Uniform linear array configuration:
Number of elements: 4
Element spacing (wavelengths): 0.25
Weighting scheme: binomial
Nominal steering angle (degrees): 30
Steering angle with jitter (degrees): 28.611
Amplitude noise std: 0.05
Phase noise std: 0.05

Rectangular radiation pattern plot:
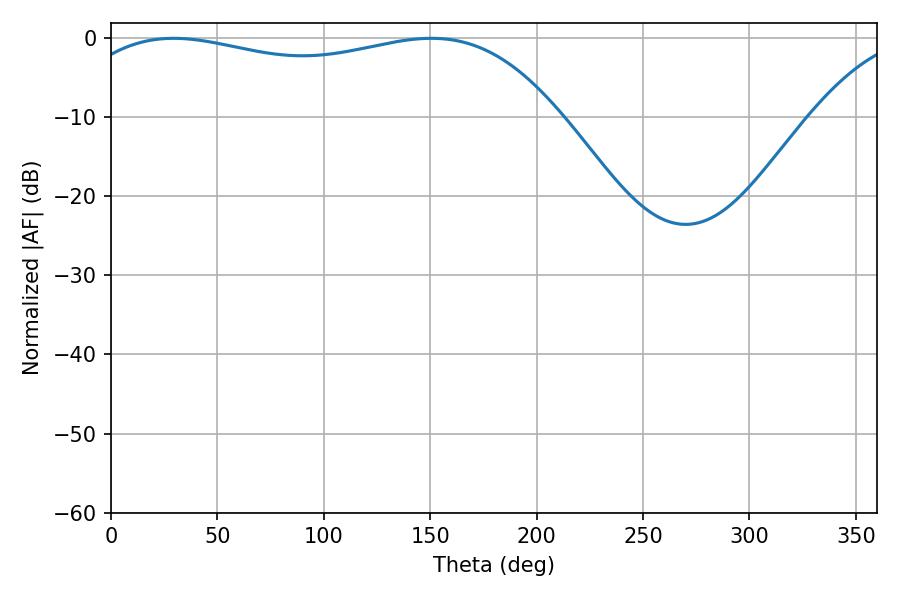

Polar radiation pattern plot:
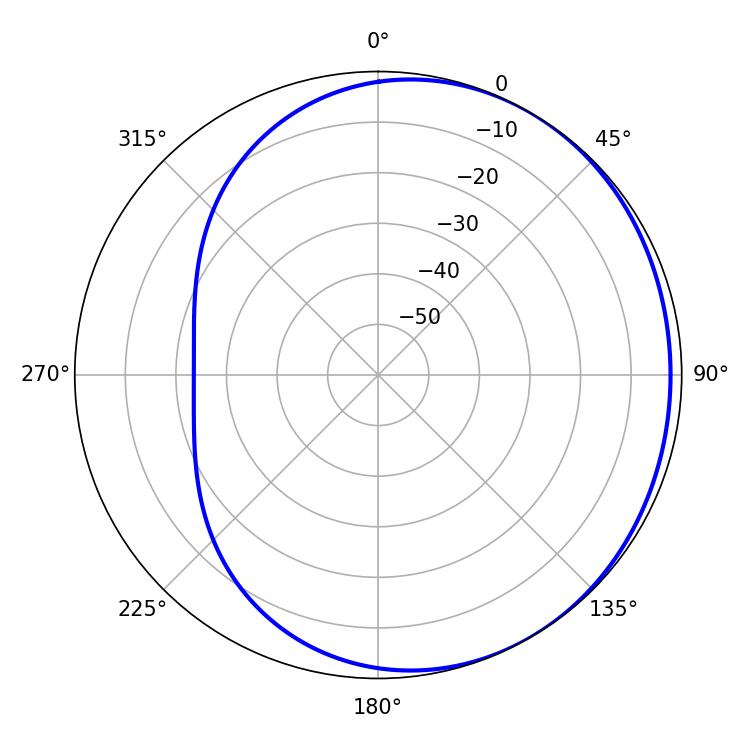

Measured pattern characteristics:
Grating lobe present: FALSE
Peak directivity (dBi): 1.4
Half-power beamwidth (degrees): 185.76
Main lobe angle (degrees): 29.52